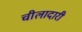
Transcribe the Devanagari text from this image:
चीलादारी